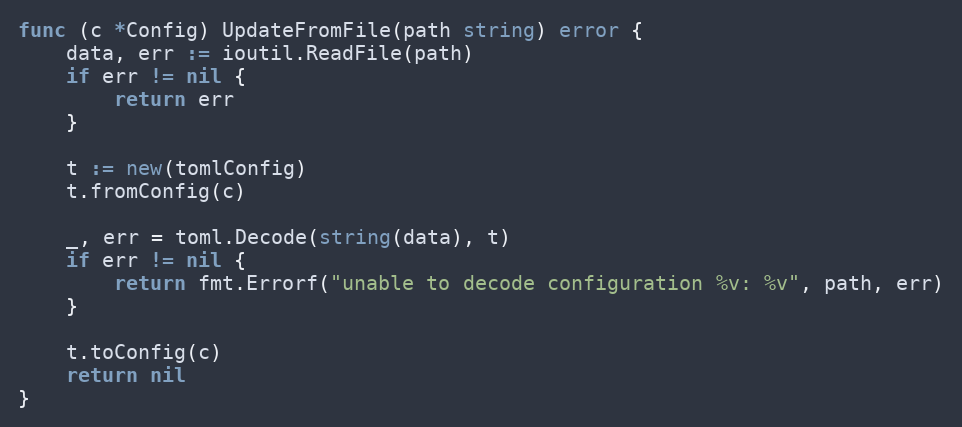
Language: Go
func (c *Config) UpdateFromFile(path string) error {
	data, err := ioutil.ReadFile(path)
	if err != nil {
		return err
	}

	t := new(tomlConfig)
	t.fromConfig(c)

	_, err = toml.Decode(string(data), t)
	if err != nil {
		return fmt.Errorf("unable to decode configuration %v: %v", path, err)
	}

	t.toConfig(c)
	return nil
}